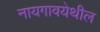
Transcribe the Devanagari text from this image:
नायगावयेथील